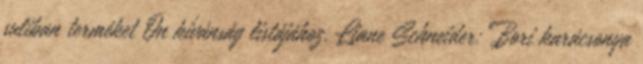
suliban terméket Ön kívánság listájához. Liane Schneider: Bori karácsonya